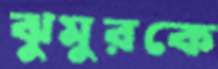
ঝুমুরকে